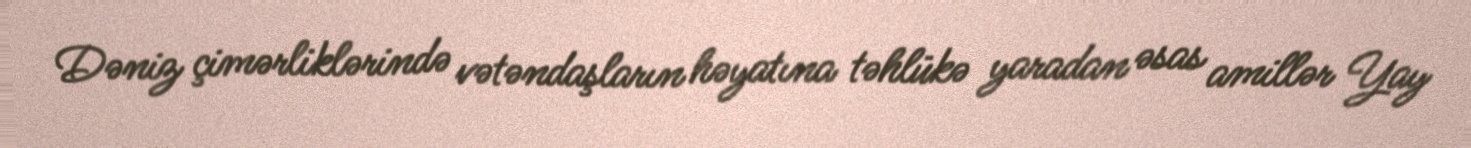
Dəniz çimərliklərində vətəndaşların həyatına təhlükə yaradan əsas amillər Yay